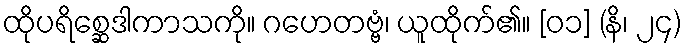
ထိုပရိစ္ဆေဒါကာသကို။ ဂဟေတဗ္ဗံ၊ ယူထိုက်၏။ [၀၁] (နိ၊ ၂၄)